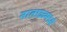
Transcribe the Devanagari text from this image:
नाताळमध्ये